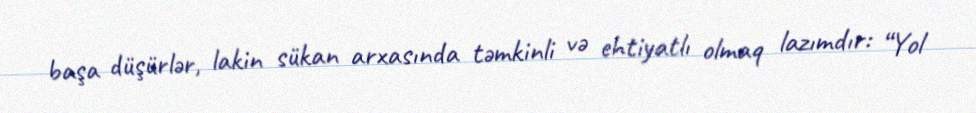
başa düşürlər, lakin sükan arxasında təmkinli və ehtiyatlı olmaq lazımdır: “Yol